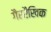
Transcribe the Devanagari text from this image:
गैररैखिक